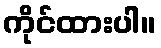
ကိုင်ထားပါ။